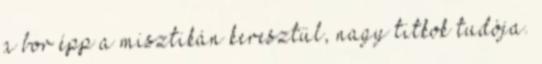
a bor épp a misztikán keresztül, nagy titkok tudója.